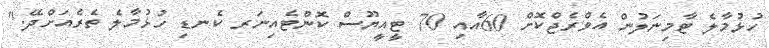
ހުޅުމާލެ ޓާމިނަލުން އެވްރެޖްކޮށް 60އާއި 70 ޓީއީޔޫސް ކޮންޓެއިނަރ ކެނޑި ހުޅުމާލެ ތެރެއަށްދޭ."